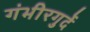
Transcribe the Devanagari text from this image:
गंभीरगुर्दे